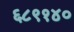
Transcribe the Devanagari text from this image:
६८९१४०